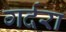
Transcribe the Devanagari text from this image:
गर्दरा